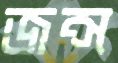
জন্স